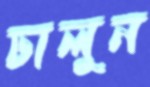
ঢালুন